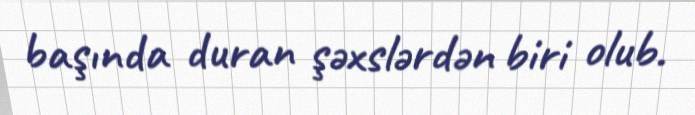
başında duran şəxslərdən biri olub.